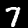
Label: 7